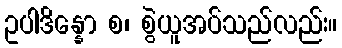
ဥပါဒိန္နော စ၊ စွဲယူအပ်သည်လည်း။